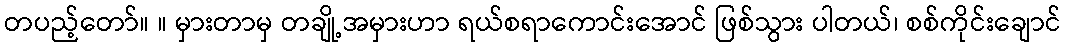
တပည့်တော်။ ။ မှားတာမှ တချို့အမှားဟာ ရယ်စရာကောင်းအောင် ဖြစ်သွား ပါတယ်၊ စစ်ကိုင်းချောင်